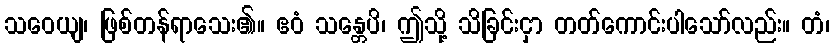
သဝေယျ၊ ဖြစ်တန်ရာသေး၏။ ဧဝံ သန္တေပိ၊ ဤသို့ သိခြင်းငှာ တတ်ကောင်းပါသော်လည်း။ တံ၊